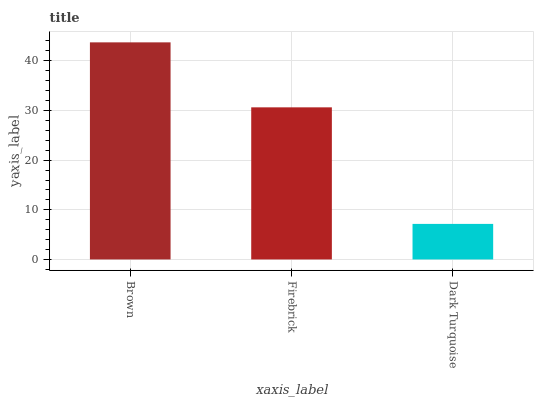
| xaxis_label | bars |
 | --- | --- |
 | Brown | 43.7 |
 | Firebrick | 30.6 |
 | Dark Turquoise | 7.16 |